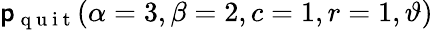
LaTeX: \displaystyle\mathsf{p}_{\mathrm{{~q~u~i~t~}}}(\alpha=3,\beta=2,c=1,r=1,\vartheta)